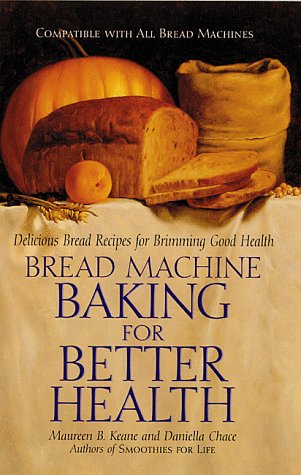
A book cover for Bread Machine Baking for Better Health: Delicious Bread Recipes for Brimming Good Health; Daniella Chace; Cookbooks, Food & Wine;